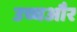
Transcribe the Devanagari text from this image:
उच्चऔर